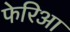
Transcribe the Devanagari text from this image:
फेरिआ